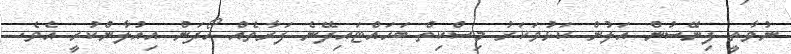
ނުވާތީ ފިނޭސުން އަލުން ކަޅުވަކަރު މިސްކިތް ބަހައްޓައިދޭނެ ފަރާތެއް ހޯދަން އިއުލާންކުރީ އެވެ.